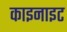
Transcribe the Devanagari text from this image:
काइनाइट